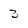
Character: 3